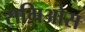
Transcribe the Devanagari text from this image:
समिओस